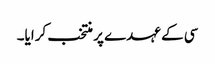
سی کے عہدے پر منتخب کرایا۔